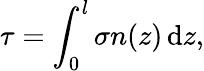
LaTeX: \tau=\int_{0}^{l}\sigma n(z)\, \mathrm{d}z,